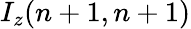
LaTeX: I_{z}(n+1,n+1)